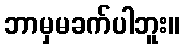
ဘာမှမခက်ပါဘူး။